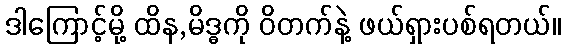
ဒါကြောင့်မို့ ထိန,မိဒ္ဓကို ဝိတက်နဲ့ ဖယ်ရှားပစ်ရတယ်။